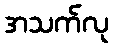
အသက်လု